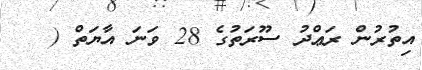
އިތުރުން ރަޢްދު ސޫރަތުގެ 28 ވަނަ އާޔަތް (